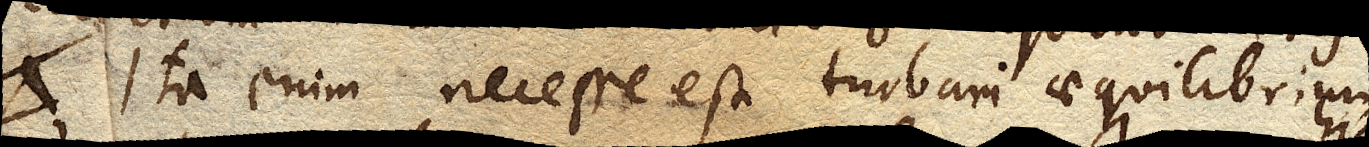
Ita enim necesse est turbari aequilibrium